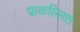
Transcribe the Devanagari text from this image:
प्राकल्लित